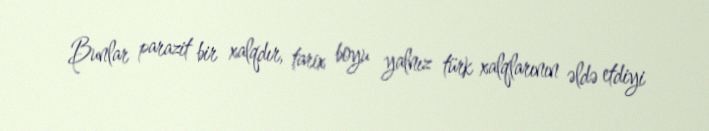
Bunlar parazit bir xalqdır, tarix boyu yalnız türk xalqlarının əldə etdiyi